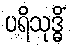
ပရိသုဒ္ဓိံ